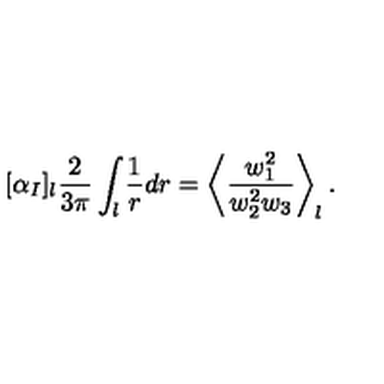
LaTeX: [ \alpha _ { I } ] _ { l } \frac { 2 } { 3 \pi } \int _ { l } \frac { 1 } { r } d r = \left< \frac { w _ { 1 } ^ { 2 } } { w _ { 2 } ^ { 2 } w _ { 3 } } \right> _ { l } .